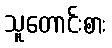
သူတောင်းစား